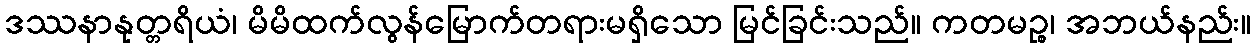
ဒဿနာနုတ္တရိယံ၊ မိမိထက်လွန်မြောက်တရားမရှိသော မြင်ခြင်းသည်။ ကတမဉ္စ၊ အဘယ်နည်း။